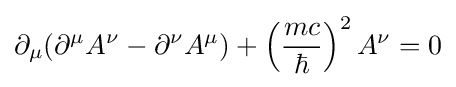
\partial _{\mu }(\partial ^{\mu }A^{\nu }-\partial ^{\nu }A^{\mu })+\left({\frac {mc}{\hbar }}\right)^{2}A^{\nu }=0